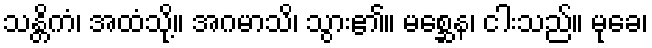
သန္တိကံ၊ အထံသို့။ အဂမာသိ၊ သွား၏။ မစ္ဆေန၊ ငါးသည်။ မုခေ၊